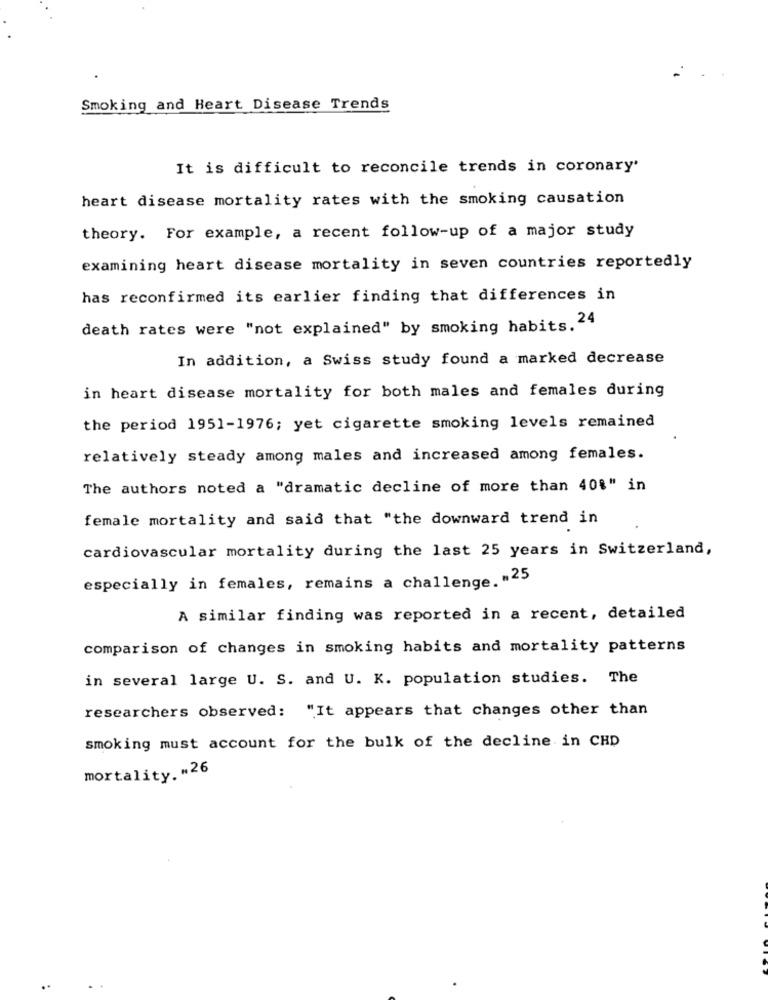
Smoking and Heart Disease Trends
It is difficult to reconcile trends in coronary'
heart disease mortality rates with the smoking causation
theory. For example, a recent follow-up of a major study
examining heart disease mortality in seven countries reportedly
has reconfirmed its earlier finding that differences in
death rates were "not explained" by smoking habits. 24
In addition, a Swiss study found a marked decrease
in heart disease mortality for both males and females during
the period 1951-1976; yet cigarette smoking levels remained
relatively steady among males and increased among females.
The authors noted a "dramatic decline of more than 40%" in
female mortality and said that "the downward trend in
cardiovascular mortality during the last 25 years in Switzerland,
especially in females, remains a challenge. "25
A similar finding was reported in a recent, detailed
comparison of changes in smoking habits and mortality patterns
in several large U. S. and U. K. population studies. The
researchers observed: "It appears that changes other than
smoking must account for the bulk of the decline in CHD
mortality. "26